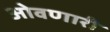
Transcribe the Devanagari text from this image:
ओवणारी